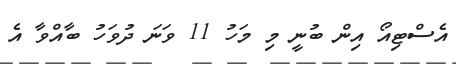
އެސްޓިއޯ އިން ބުނީ މި މަހު 11 ވަނަ ދުވަހު ބާއްވާ އެ